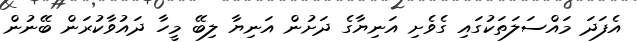
އެފަދަ މައްސަލަތަކުގައި ގެވެށި އަނިޔާގެ ދަށުން އަނިޔާ ލިބޭ މީހާ ދައުވާކުރަން ބޭނުން